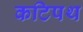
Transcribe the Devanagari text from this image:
कटिपथ